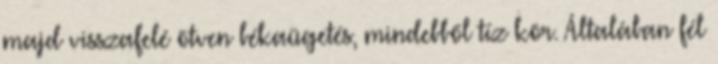
majd visszafelé ötven békaügetés, mindebből tíz kör. Általában fél